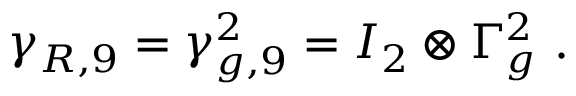
\gamma _ { R , 9 } = \gamma _ { g , 9 } ^ { 2 } = I _ { 2 } \otimes \Gamma _ { g } ^ { 2 } ~ .